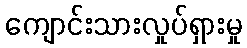
ကျောင်းသားလှုပ်ရှားမှု